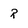
Character: r